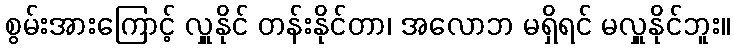
စွမ်းအားကြောင့် လှူနိုင် တန်းနိုင်တာ၊ အလောဘ မရှိရင် မလှူနိုင်ဘူး။